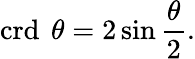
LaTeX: \operatorname{crd}\ {\theta}=2\sin{\frac{\theta}{2}}.